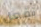
تفعل